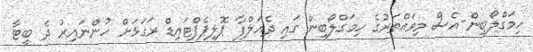
ހިމަގްލޯބިން-އެސް މިވައްތަރުގެ ހިމަގްލޯބިން ގައި ދެއަލްފާ ޕޮލިޕެޕްޓައިޑް ރަގަޅަށް ހުންނައިރު ދެ ބީޓާ